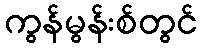
ကွန်မွန်းစ်တွင်